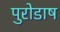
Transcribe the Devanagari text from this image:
पुरोडाष